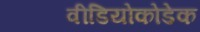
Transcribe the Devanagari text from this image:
वीडियोकोडेक